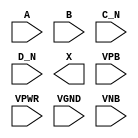
module sky130_fd_sc_ls__or4bb (
    //# {{data|Data Signals}}
    input  A   ,
    input  B   ,
    input  C_N ,
    input  D_N ,
    output X   ,

    //# {{power|Power}}
    input  VPB ,
    input  VPWR,
    input  VGND,
    input  VNB
);
endmodule